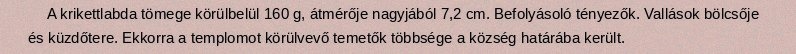
A krikettlabda tömege körülbelül 160 g, átmérője nagyjából 7,2 cm. Befolyásoló tényezők. Vallások bölcsője és küzdőtere. Ekkorra a templomot körülvevő temetők többsége a község határába került.